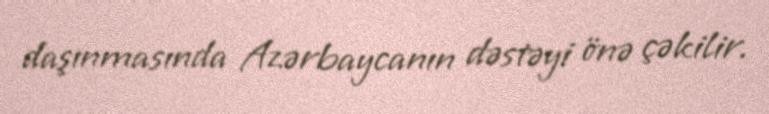
daşınmasında Azərbaycanın dəstəyi önə çəkilir.